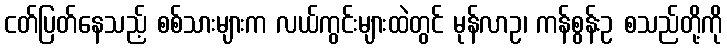
ငတ်ပြတ်နေသည့် စစ်သားများက လယ်ကွင်းများထဲတွင် မုန်လာဥ၊ ကန်စွန်းဥ စသည်တို့ကို